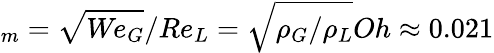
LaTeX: _m=\sqrt{\textit{We}_{G}}/\textit{Re}_{L}=\sqrt{\rho_{G}/\rho_{L}}\textit{Oh}\approx 0.021